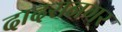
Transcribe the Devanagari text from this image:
दादरानगर